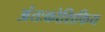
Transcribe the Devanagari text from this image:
अंतःकोशिकिय